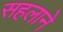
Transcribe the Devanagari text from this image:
सहलाने